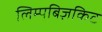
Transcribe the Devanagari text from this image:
लिम्पबिज़किट